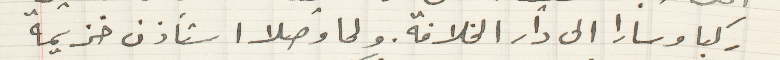
ركبا وسارا الى دار الخلافة. ولما وصلا استأذن خزيمة